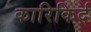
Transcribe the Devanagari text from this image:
कारिकिर्द